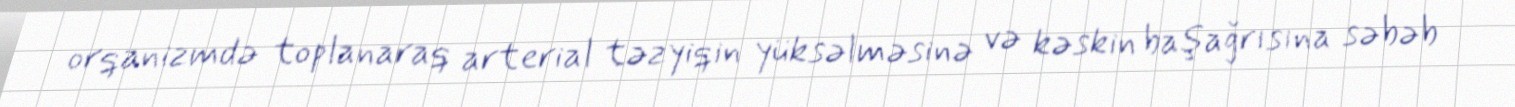
orqanizmdə toplanaraq arterial təzyiqin yüksəlməsinə və kəskin başağrısına səbəb